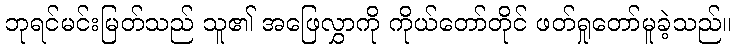
ဘုရင်မင်းမြတ်သည် သူ၏ အဖြေလွှာကို ကိုယ်တော်တိုင် ဖတ်ရှုတော်မူခဲ့သည်။